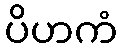
ပိဟကံ